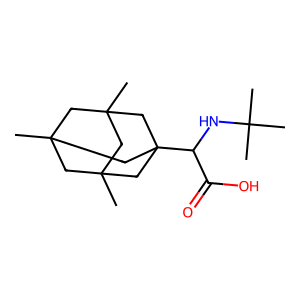
SMILES: CC12CC3(C)CC(C)(C1)CC(C(NC(C)(C)C)C(=O)O)(C2)C3
Inhibits HIV replication: No